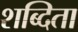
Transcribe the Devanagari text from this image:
शब्दिता